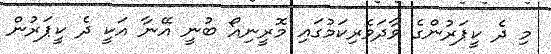
މި ދެ ކީޕަރުންގެ ވާދަވެރިކަމުގައި މޮރީނިއޯ ބުނީ އޭނާ އަކީ ދެ ކީޕަރުން